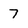
Character: 7